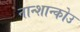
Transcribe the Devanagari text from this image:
नान्शान्कोउ